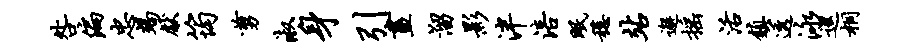
咎偏忠竭献筠剪淑身引画溜影泮涪眠稳站邂摇活镇透泳巡桐